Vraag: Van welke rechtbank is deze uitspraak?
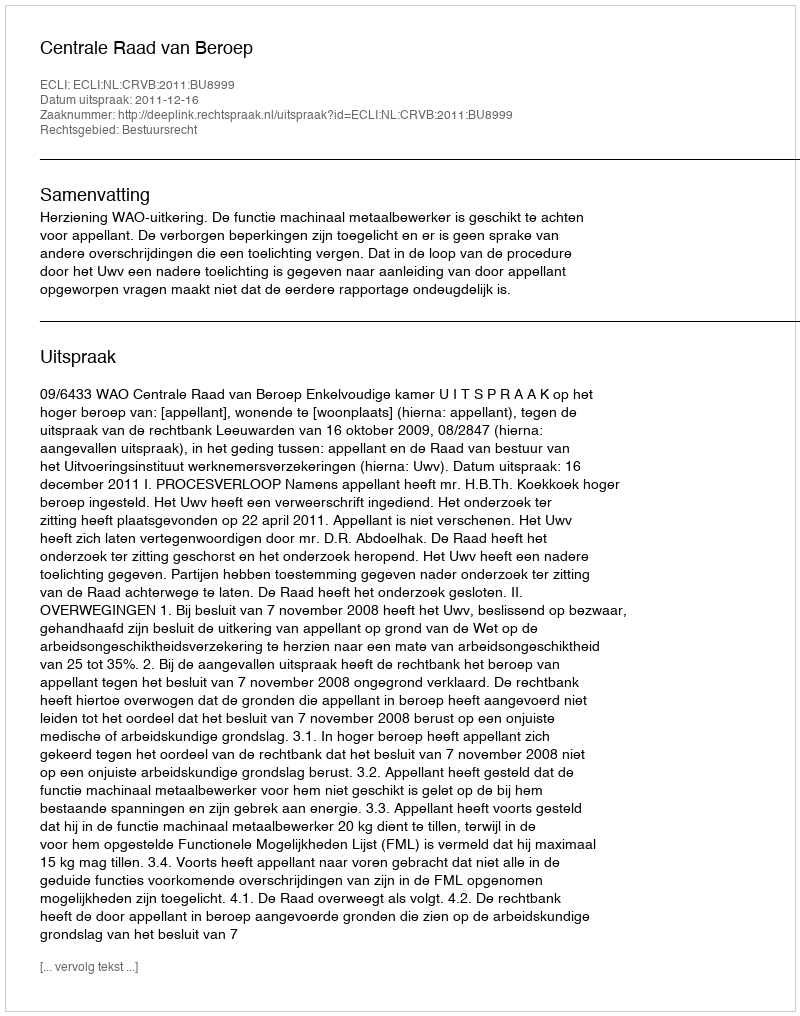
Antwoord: Centrale Raad van Beroep